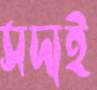
সদ্যই